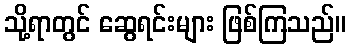
သို့ရာတွင် ဆွေရင်းများ ဖြစ်ကြသည်။